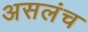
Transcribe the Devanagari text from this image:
असलंच